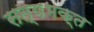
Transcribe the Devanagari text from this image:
सत्यभक्त